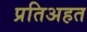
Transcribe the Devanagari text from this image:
प्रतिअहत